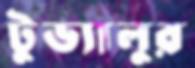
টুভ্যালুর